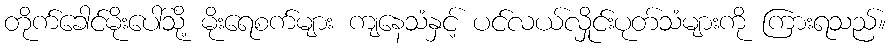
တိုက်ခေါင်မိုးပေါ်သို့ မိုးရေစက်များ ကျနေသံနှင့် ပင်လယ်လှိုင်းပုတ်သံများကို ကြားရသည်။